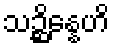
သဉ္ဆိန္နေဟိ